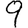
Digit: 9